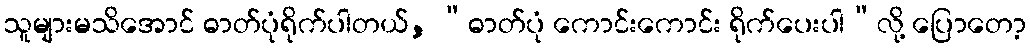
သူများမသိအောင် ဓာတ်ပုံရိုက်ပါတယ်, “ဓာတ်ပုံ ကောင်းကောင်း ရိုက်ပေးပါ”လို့ ပြောတော့